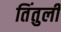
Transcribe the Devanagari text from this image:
तिंतुली